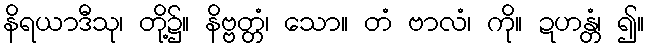
နိရယာဒီသု၊ တို့၌။ နိဗ္ဗတ္တံ၊ သော။ တံ ဗာလံ၊ ကို။ ဍဟန္တံ၊ ၍။